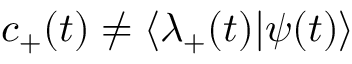
c _ { + } ( t ) \neq \langle \lambda _ { + } ( t ) | \psi ( t ) \rangle